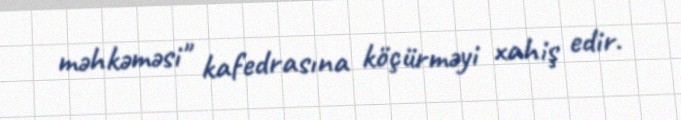
məhkəməsi" kafedrasına köçürməyi xahiş edir.